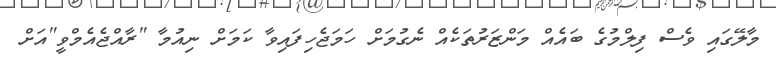
މާލޭގައި ވެސް ފިލްމުގެ ބައެއް މަންޒަރުތަކެއް ނެގުމަށް ހަމަޖެހިފައިވާ ކަމަށް ނިއުމާ "ރާއްޖެއެމްވީ"އަށް